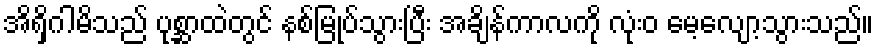
အိရှိဂါမိသည် ပုစ္ဆာထဲတွင် နစ်မြုပ်သွားပြီး အချိန်ကာလကို လုံးဝ မေ့လျော့သွားသည်။